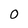
Character: O